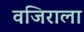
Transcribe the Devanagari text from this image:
वजिराला